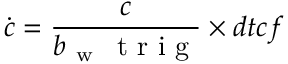
\dot { c } = \frac { c } { b _ { \mathrm { ~ w ~ } } \, \mathrm { ~ t ~ r ~ i ~ g ~ } } \times d t c f